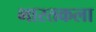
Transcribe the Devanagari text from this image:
भारतकला